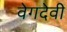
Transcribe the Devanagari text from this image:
वेगदेवी